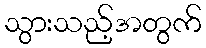
သွားသည့်အတွက်